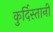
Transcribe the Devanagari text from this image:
कुर्दिस्तानी